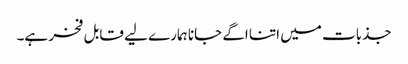
جذبات میں اتنا اگے جانا ہمارے لیے قابل فخر ہے۔